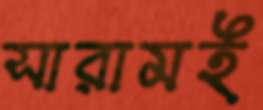
সারামই